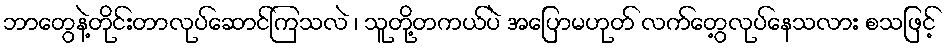
ဘာတွေနဲ့တိုင်းတာလုပ်ဆောင်ကြသလဲ ၊ သူတို့တကယ်ပဲ အပြောမဟုတ် လက်တွေ့လုပ်နေသလား စသဖြင့်